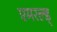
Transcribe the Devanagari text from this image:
एमरल्ड्